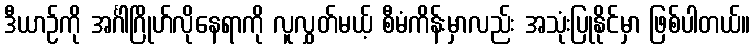
ဒီယာဉ်ကို အင်္ဂါဂြိုဟ်လိုနေရာကို လူလွှတ်မယ့် စီမံကိန်းမှာလည်း အသုံးပြုနိုင်မှာ ဖြစ်ပါတယ်။